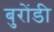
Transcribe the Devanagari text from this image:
बुरोंडी